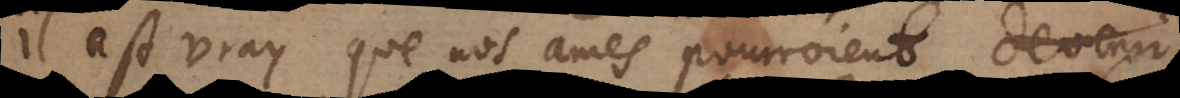
il est vray que nos ames pourroient devenir